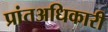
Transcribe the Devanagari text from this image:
प्रांतअधिकारी